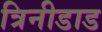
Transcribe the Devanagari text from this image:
त्रिनीडाड